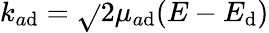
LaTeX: k_{a\mathrm{d}}=\sqrt{}{{2\mu_{a\mathrm{d}}(E-E_{\mathrm{d}})}}